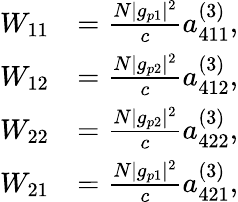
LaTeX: \begin{array}{rl}{W_{11}}&{=\frac{N|g_{p1}|^{2}}{c}a_{411}^{(3)},}\\ {W_{12}}&{=\frac{N|g_{p2}|^{2}}{c}a_{412}^{(3)},}\\ {W_{22}}&{=\frac{N|g_{p2}|^{2}}{c}a_{422}^{(3)},}\\ {W_{21}}&{=\frac{N|g_{p1}|^{2}}{c}a_{421}^{(3)},}\end{array}